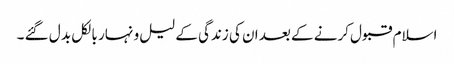
اسلام قبول کرنے کے بعد ان کی زندگی کے لیل و نہار بالکل بد ل گئے ۔